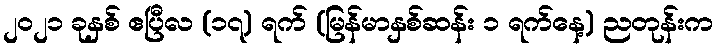
၂၀၂၁ ခုနှစ် ဧပြီလ (၁၇) ရက် (မြန်မာနှစ်ဆန်း ၁ ရက်နေ့) ညတုန်းက